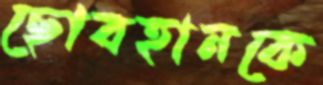
ছোবহানকে